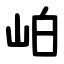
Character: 岶